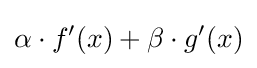
\alpha \cdot f'(x)+\beta \cdot g'(x)